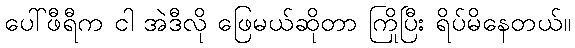
ပေါ်ဖီရီက ငါ အဲဒီလို ဖြေမယ်ဆိုတာ ကြိုပြီး ရိပ်မိနေတယ်။